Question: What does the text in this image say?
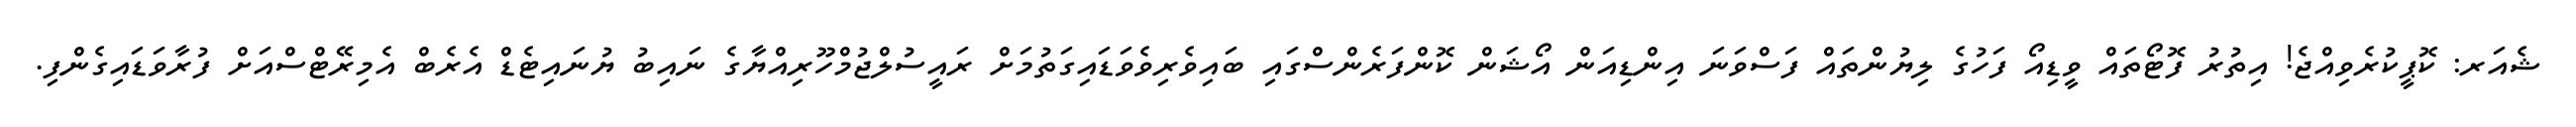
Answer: ޝެއަރ: ކޮޕީކުރެވިއްޖެ! އިތުރު ފޮޓޯތައް ވީޑިއޯ ފަހުގެ ލިޔުންތައް ފަސްވަނަ އިންޑިއަން އޯޝަން ކޮންފަރެންސްގައި ބައިވެރިވެވަޑައިގަތުމަށް ރައީސުލްޖުމްހޫރިއްޔާގެ ނައިބު ޔުނައިޓެޑް އެރެބް އެމިރޭޓްސްއަށް ފުރާވަޑައިގެންފި.